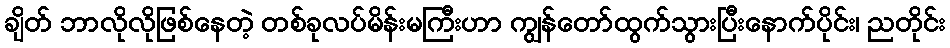
ချိတ် ဘာလိုလိုဖြစ်နေတဲ့ တစ်ခုလပ်မိန်းမကြီးဟာ ကျွန်တော်ထွက်သွားပြီးနောက်ပိုင်း၊ ညတိုင်း